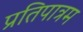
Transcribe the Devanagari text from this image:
प्रतिपात्रम